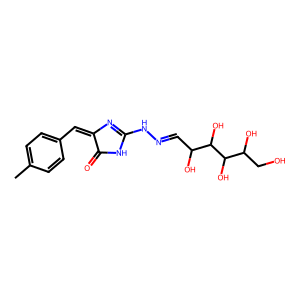
SMILES: Cc1ccc(C=C2N=C(NN=CC(O)C(O)C(O)C(O)CO)NC2=O)cc1
Inhibits HIV replication: No